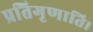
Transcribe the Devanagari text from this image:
प्रतिगृणाति।